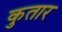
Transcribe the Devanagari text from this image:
कुतार